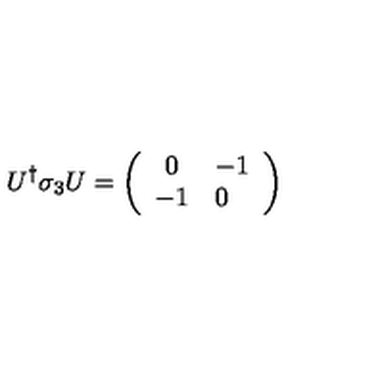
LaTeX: U ^ { \dag } \sigma _ { 3 } U = \left( \begin{array} { c l c r } { 0 } & { - 1 } \\ { - 1 } & { 0 } \\ \end{array} \right)